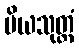
ပိယသုတ္တံ